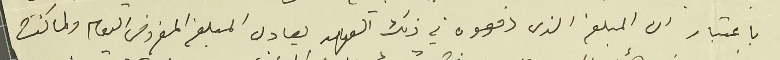
باعتبار ان المبلغ الذي دفعوه في ذلك العهد يعادل المبلغ المفروض اليوم ولما كنت